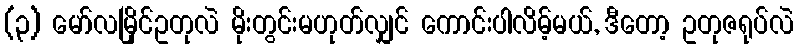
(၃) မော်လမြိုင်ဥတုလဲ မိုးတွင်းမဟုတ်လျှင် ကောင်းပါလိမ့်မယ်, ဒီတော့ ဥတုဇရုပ်လဲ